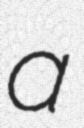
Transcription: a